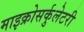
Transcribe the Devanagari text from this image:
माइक्रोसर्कुलेटरी